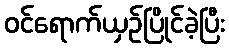
ဝင်ရောက်ယှဉ်ပြိုင်ခဲ့ပြီး